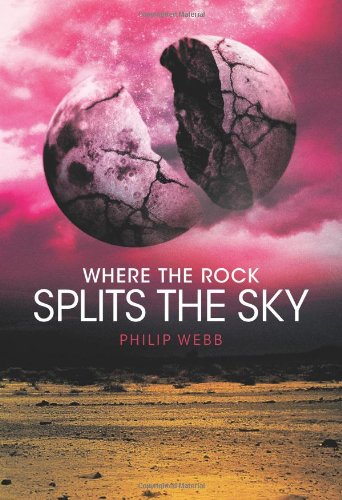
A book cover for Where the Rock Splits the Sky; Philip Webb; Teen & Young Adult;